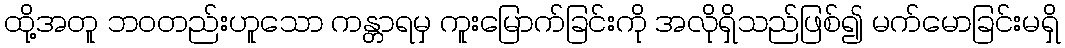
ထို့အတူ ဘဝတည်းဟူသော ကန္တာရမှ ကူးမြောက်ခြင်းကို အလိုရှိသည်ဖြစ်၍ မက်မောခြင်းမရှိ